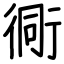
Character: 衕